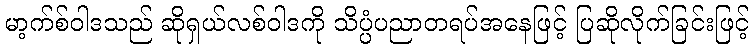
မာ့က်စ်ဝါဒသည် ဆိုရှယ်လစ်ဝါဒကို သိပ္ပံပညာတရပ်အနေဖြင့် ပြဆိုလိုက်ခြင်းဖြင့်